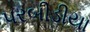
પરબીડીયા